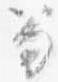
笏